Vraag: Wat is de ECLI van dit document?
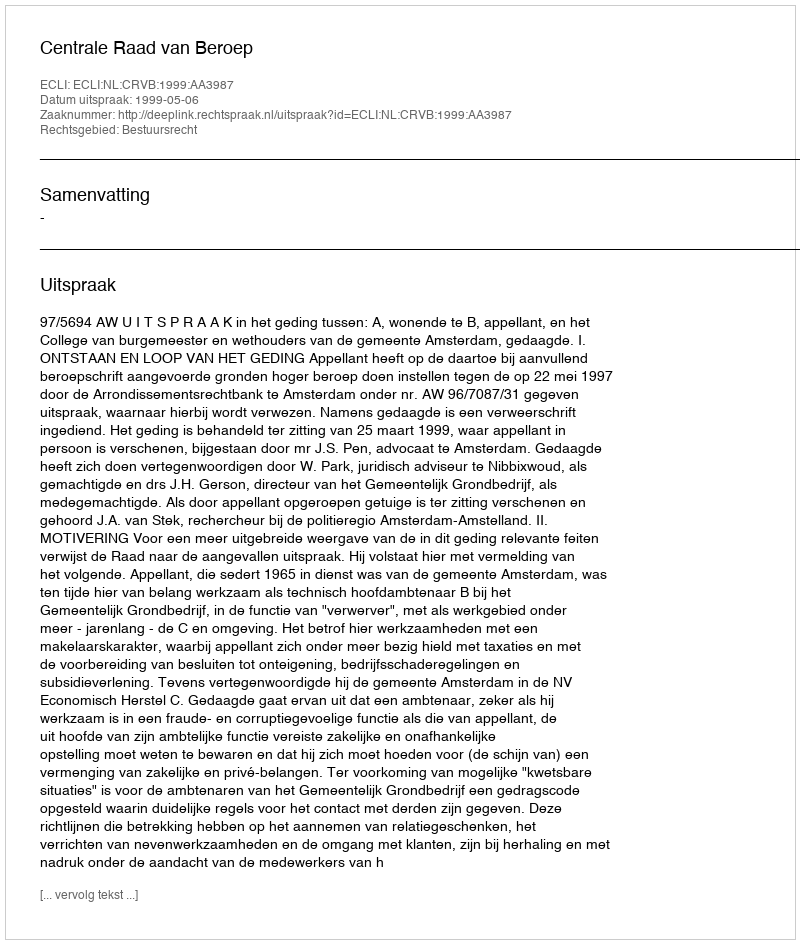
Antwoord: ECLI:NL:CRVB:1999:AA3987